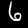
Digit: 6